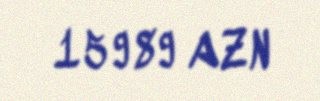
15989 AZN